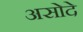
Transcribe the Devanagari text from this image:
असोदे